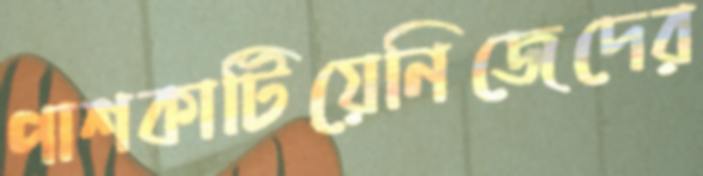
পাশকাটিয়েনিজেদের